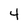
Character: 4